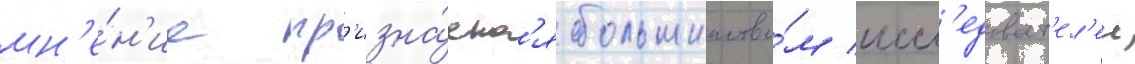
мн'е́н'ие пр'изна́етс'я большинство́м иссл'едоват'ел'еи